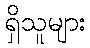
ရှိသူများ